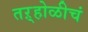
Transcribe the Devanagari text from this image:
तऱ्होळीचं